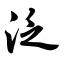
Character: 泛